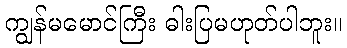
ကျွန်မမောင်ကြီး ဓါးပြမဟုတ်ပါဘူး။